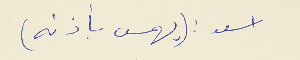
اسعد : (يهمس بأذنه)